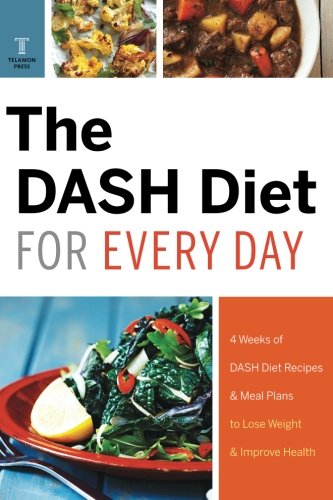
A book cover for Dash Diet for Every Day: 4 Weeks of Dash Diet Recipes & Meal Plans to Lose Weight & Improve Health; Telamon Press; Cookbooks, Food & Wine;